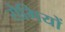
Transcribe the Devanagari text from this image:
रोगियों